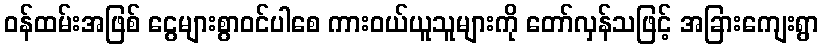
ဝန်ထမ်းအဖြစ် ငွေများစွာဝင်ပါစေ ကားဝယ်ယူသူများကို တော်လှန်သဖြင့် အခြားကျေးရွာ